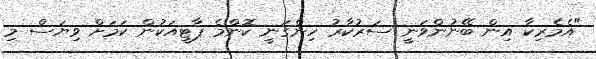
"އެމެރިކާ އިން ބޭނުންވަނީ ސަރުކާރު ހިންގަނީ ކޮންމެ ޕާޓީއަކުން ކަމަށް ވިޔަސް މި